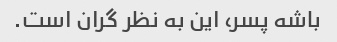
باشه پسر، این به نظر گران است.